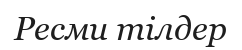
Ресми тілдер